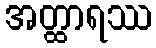
အတ္ထာရဿ